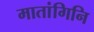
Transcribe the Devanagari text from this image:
मातांगिनि